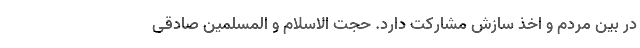
در بین مردم و اخذ سازش مشارکت دارد. حجت الاسلام و المسلمین صادقی